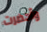
وأحضرت